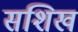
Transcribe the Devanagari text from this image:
सशिखं